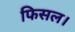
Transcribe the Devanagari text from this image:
फिसल।